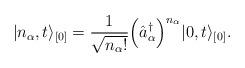
LaTeX: \begin{align*}\vert n_{\alpha}, t \rangle_{[0]} = \frac{1}{\sqrt{n_{\alpha}!}}\Bigl( \hat{a}^{\dagger}_{\alpha} \Bigr)^{n_{\alpha}}\vert 0, t \rangle_{[0]}.\end{align*}